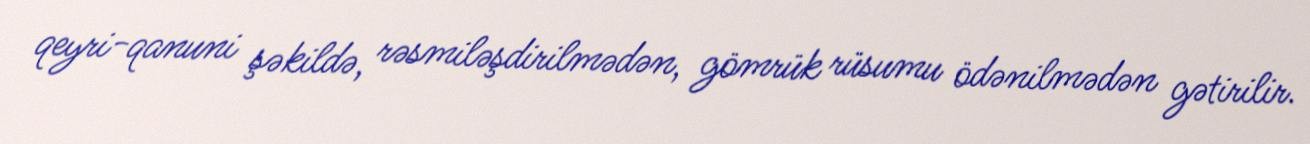
qeyri-qanuni şəkildə, rəsmiləşdirilmədən, gömrük rüsumu ödənilmədən gətirilir.